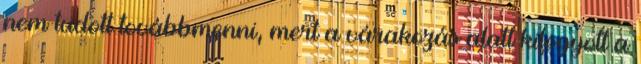
nem tudott továbbmenni, mert a várakozás alatt kifogyott a